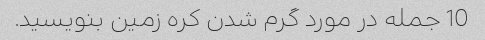
10 جمله در مورد گرم شدن کره زمین بنویسید.